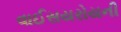
વાઈસયરોયની